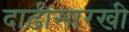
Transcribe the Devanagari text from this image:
दाढीसारखी